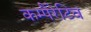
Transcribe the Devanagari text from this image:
कम्पैरेटिव